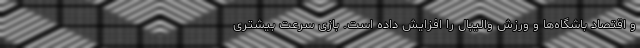
و اقتصاد باشگاه‌ها و ورزش والیبال را افزایش داده است. بازی سرعت بیشتری